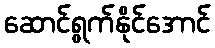
ဆောင်ရွက်နိုင်အောင်